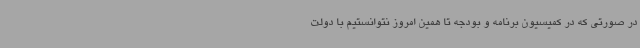
در صورتی که در کمیسیون برنامه و بودجه تا همین امروز نتوانستیم با دولت